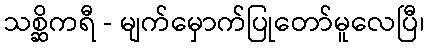
သစ္ဆိကရီ - မျက်မှောက်ပြုတော်မူလေပြီ၊